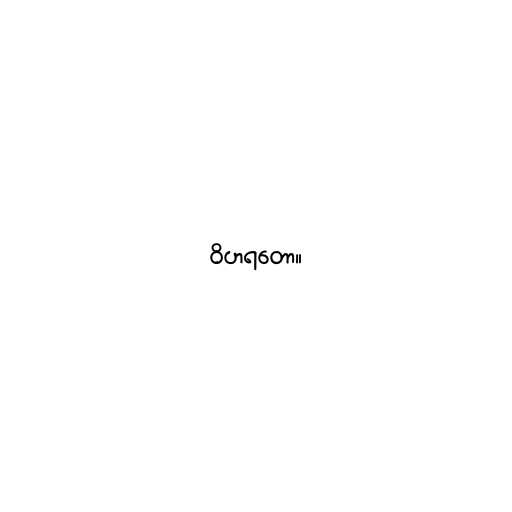
ဝိဟရတော။